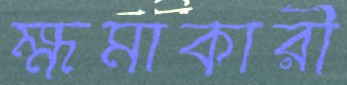
ক্ষমাকারী